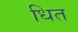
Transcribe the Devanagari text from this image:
धित